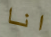
انا